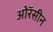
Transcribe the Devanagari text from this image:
ओरॅसीन